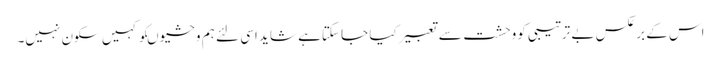
اس کے برعکس بے ترتیبی کووحشت سے تعبیرکیا جا سکتاہے شاید اسی لئے ہم وحشیوںکو کہیں سکون نہیں۔